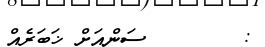
:        ސަންއަށް ޚަބަރެއް